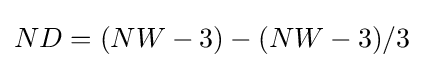
ND=(NW-3)-(NW-3)/3